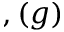
, ( g )